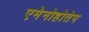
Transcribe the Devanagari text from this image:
एमेनोहोतेप